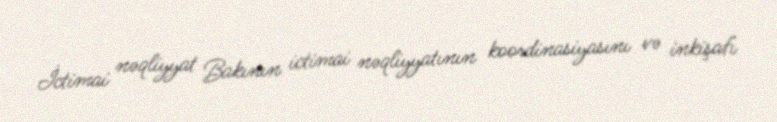
İctimai nəqliyyat Bakının ictimai nəqliyyatının koordinasiyasını və inkişafı